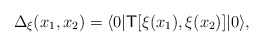
\begin{align*}\Delta_\xi(x_{1},x_{2})=\langle 0|{\sf T}[\xi(x_{1}),\xi(x_{2})]|0 \rangle,\end{align*}